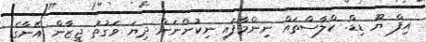
އިފް ޔޫ ޑިޑް. ކްލާސްތައް ނިންމާފައި ނިކުންނަން ދިޔަ ވަގުުތު ޖީޒާން އޭނާގެ